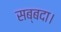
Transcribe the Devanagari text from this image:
सब्बदा।